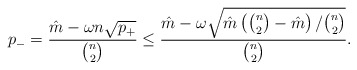
\begin{align*}p_- = \frac{\hat{m} - \omega n \sqrt{p_+}}{\binom{n}{2}}\le \frac{\hat{m} - \omega \sqrt{ \hat m \left(\binom{n}{2}-\hat m \right)/\binom{n}{2} }}{\binom{n}{2}}.\end{align*}